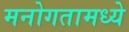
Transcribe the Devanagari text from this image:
मनोगतामध्ये